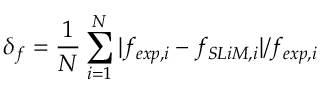
\delta _ { f } = \frac { 1 } { N } \sum _ { i = 1 } ^ { N } | f _ { e x p , i } - f _ { S L i M , i } | / f _ { e x p , i }